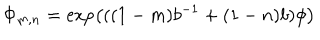
LaTeX: \Phi _ { m , n } = \exp \left( ( ( 1 - m ) b ^ { - 1 } + ( 1 - n ) b ) \phi \right)